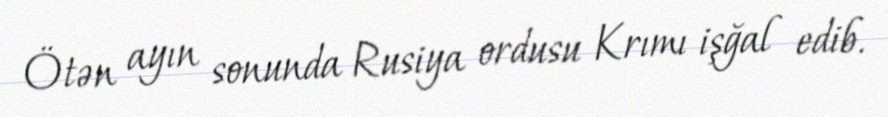
Ötən ayın sonunda Rusiya ordusu Krımı işğal edib.